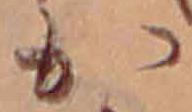
か